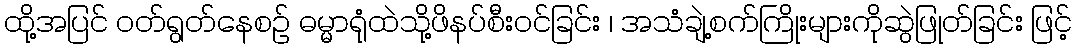
ထို့အပြင် ဝတ်ရွတ်နေစဉ် ဓမ္မာရုံထဲသို့ဖိနပ်စီးဝင်ခြင်း ၊ အသံချဲ့စက်ကြိုးများကိုဆွဲဖြုတ်ခြင်း ဖြင့်